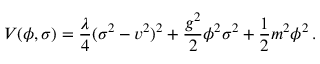
V ( \phi , \sigma ) = { \frac { \lambda } { 4 } } ( \sigma ^ { 2 } - v ^ { 2 } ) ^ { 2 } + { \frac { g ^ { 2 } } { 2 } } \phi ^ { 2 } \sigma ^ { 2 } + { \frac { 1 } { 2 } } m ^ { 2 } \phi ^ { 2 } \, .